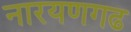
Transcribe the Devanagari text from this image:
नारयणगढ